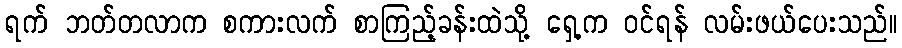
ရက် ဘတ်တလာက စကားလက် စာကြည့်ခန်းထဲသို့ ရှေ့က ဝင်ရန် လမ်းဖယ်ပေးသည်။